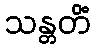
သန္တတိံ